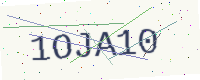
Text: 1OJA10